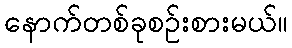
နောက်တစ်ခုစဉ်းစားမယ်။